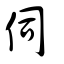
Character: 伺